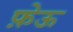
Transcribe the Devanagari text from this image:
फ़ेऊ